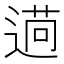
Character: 𦳖